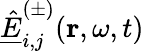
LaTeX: \underline{{\hat{E}}}_{i,j}^{(\pm)}(\mathbf{r},\omega,t)